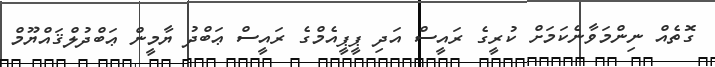
ގޮތެއް ނިންމަވާނެކަމަށް ކުރީގެ ރައީސް އަދި ޕީޕީއެމްގެ ރައީސް ޢަބްދު ޔާމީން ޢަބްދުލްޤައްޔޫމް